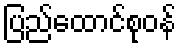
ပြည်ထောင်စုဝန်